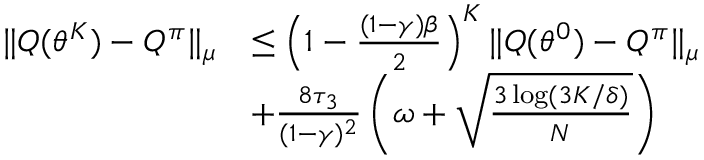
\begin{array} { r l } { \| Q ( \theta ^ { K } ) - Q ^ { \pi } \| _ { \mu } } & { \leq \left( 1 - \frac { ( 1 - \gamma ) \beta } { 2 } \right) ^ { K } \| Q ( \theta ^ { 0 } ) - Q ^ { \pi } \| _ { \mu } } \\ & { + \frac { 8 \tau _ { 3 } } { ( 1 - \gamma ) ^ { 2 } } \left( \omega + \sqrt { \frac { 3 \log ( 3 K / \delta ) } { N } } \right) } \end{array}